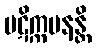
ပဋိက္ကမနန္တိ